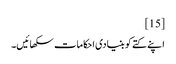
[15]
اپنے کتے کو بنیادی احکامات سکھائیں۔